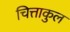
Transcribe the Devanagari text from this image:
चित्ताकुल